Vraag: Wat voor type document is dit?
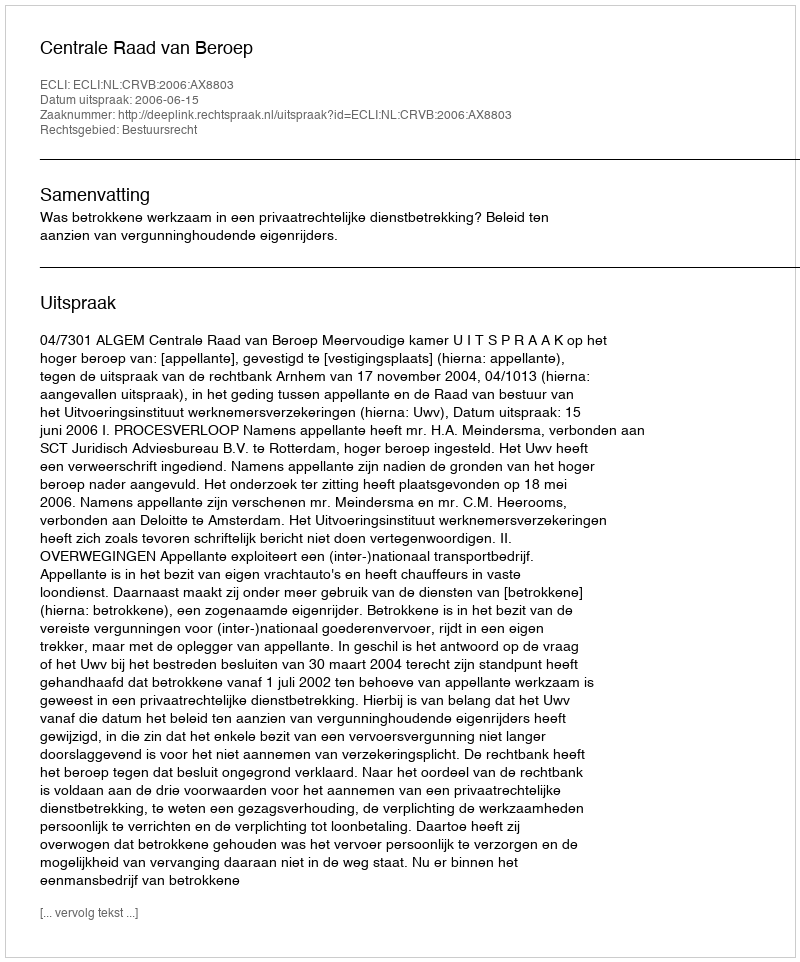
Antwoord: Uitspraak